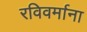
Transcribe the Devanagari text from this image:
रविवर्माना